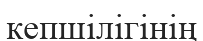
кепшілігінің